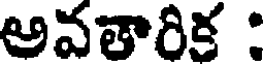
అవతారిక :